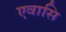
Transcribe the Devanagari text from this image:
एवासि